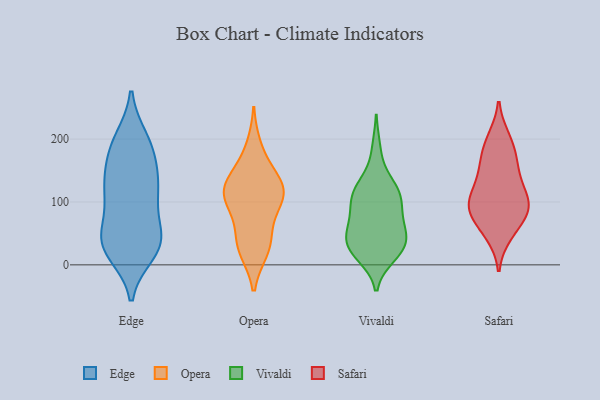
{"axis": {"x": "Budget (USD K)", "y": "Value"}, "legend": ["Edge", "Opera", "Safari", "Vivaldi"], "data": [{"x": "", "y": 150, "type": "Edge"}, {"x": "", "y": 100, "type": "Edge"}, {"x": "", "y": 19, "type": "Edge"}, {"x": "", "y": 126, "type": "Edge"}, {"x": "", "y": 37, "type": "Edge"}, {"x": "", "y": 200, "type": "Edge"}, {"x": "", "y": 48, "type": "Edge"}, {"x": "", "y": 20, "type": "Edge"}, {"x": "", "y": 45, "type": "Edge"}, {"x": "", "y": 197, "type": "Edge"}, {"x": "", "y": 190, "type": "Edge"}, {"x": "", "y": 115, "type": "Edge"}, {"x": "", "y": 154, "type": "Edge"}, {"x": "", "y": 45, "type": "Edge"}, {"x": "", "y": 109, "type": "Edge"}, {"x": "", "y": 35, "type": "Edge"}, {"x": "", "y": 34, "type": "Edge"}, {"x": "", "y": 116, "type": "Edge"}, {"x": "", "y": 177, "type": "Edge"}, {"x": "", "y": 38, "type": "Opera"}, {"x": "", "y": 23, "type": "Opera"}, {"x": "", "y": 118, "type": "Opera"}, {"x": "", "y": 153, "type": "Opera"}, {"x": "", "y": 23, "type": "Opera"}, {"x": "", "y": 104, "type": "Opera"}, {"x": "", "y": 120, "type": "Opera"}, {"x": "", "y": 187, "type": "Opera"}, {"x": "", "y": 130, "type": "Opera"}, {"x": "", "y": 106, "type": "Opera"}, {"x": "", "y": 124, "type": "Opera"}, {"x": "", "y": 54, "type": "Opera"}, {"x": "", "y": 93, "type": "Opera"}, {"x": "", "y": 63, "type": "Vivaldi"}, {"x": "", "y": 15, "type": "Vivaldi"}, {"x": "", "y": 29, "type": "Vivaldi"}, {"x": "", "y": 32, "type": "Vivaldi"}, {"x": "", "y": 109, "type": "Vivaldi"}, {"x": "", "y": 43, "type": "Vivaldi"}, {"x": "", "y": 20, "type": "Vivaldi"}, {"x": "", "y": 106, "type": "Vivaldi"}, {"x": "", "y": 62, "type": "Vivaldi"}, {"x": "", "y": 92, "type": "Vivaldi"}, {"x": "", "y": 38, "type": "Vivaldi"}, {"x": "", "y": 61, "type": "Vivaldi"}, {"x": "", "y": 124, "type": "Vivaldi"}, {"x": "", "y": 125, "type": "Vivaldi"}, {"x": "", "y": 183, "type": "Vivaldi"}, {"x": "", "y": 92, "type": "Vivaldi"}, {"x": "", "y": 122, "type": "Vivaldi"}, {"x": "", "y": 24, "type": "Vivaldi"}, {"x": "", "y": 102, "type": "Safari"}, {"x": "", "y": 100, "type": "Safari"}, {"x": "", "y": 150, "type": "Safari"}, {"x": "", "y": 176, "type": "Safari"}, {"x": "", "y": 55, "type": "Safari"}, {"x": "", "y": 49, "type": "Safari"}, {"x": "", "y": 98, "type": "Safari"}, {"x": "", "y": 194, "type": "Safari"}, {"x": "", "y": 135, "type": "Safari"}, {"x": "", "y": 85, "type": "Safari"}, {"x": "", "y": 200, "type": "Safari"}, {"x": "", "y": 155, "type": "Safari"}, {"x": "", "y": 80, "type": "Safari"}, {"x": "", "y": 109, "type": "Safari"}, {"x": "", "y": 85, "type": "Safari"}]}